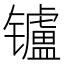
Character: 𲈟